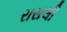
રાસલી